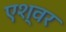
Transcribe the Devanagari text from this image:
एश्वर